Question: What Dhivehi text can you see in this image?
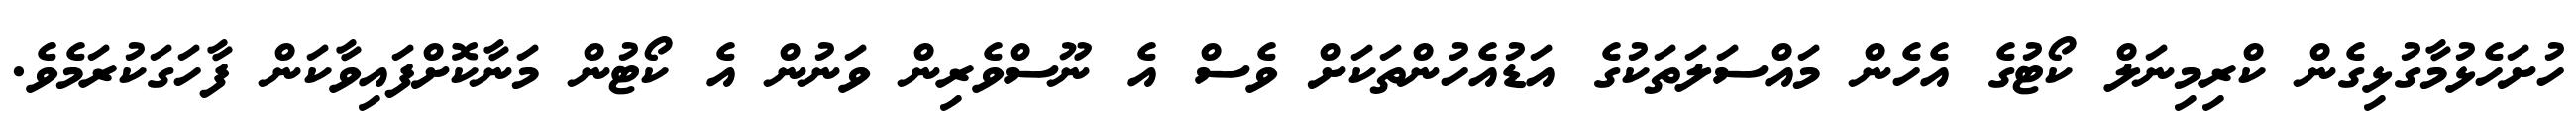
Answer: ހުށަހެޅުމާގުޅިގެން ކްރިމިނަލް ކޯޓުގެ އެހެން މައްސަލަތަކުގެ އަޑުއެހުންތަކަށް ވެސް އެ ނޫސްވެރިން ވަނުން އެ ކޯޓުން މަނާކޮށްފައިވާކަން ފާހަގަކުރަމެވެ.